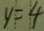
y = 4